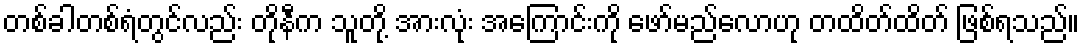
တစ်ခါတစ်ရံတွင်လည်း တိုနီက သူတို့ အားလုံး အကြောင်းကို ဖော်မည်လောဟု တထိတ်ထိတ် ဖြစ်ရသည်။